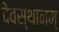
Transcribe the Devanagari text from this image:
देवस्थानम्